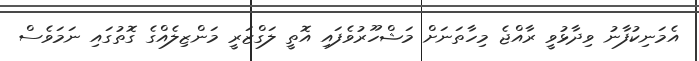
އެމަނިކުފާނު ވިދާޅުވީ ރާއްޖެ މިހާތަނަށް މަޝްހޫރުވެފައި އޮތީ ލަގްޒަރީ މަންޒިލެއްގެ ގޮތުގައި ނަމަވެސް